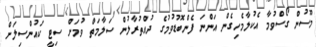
މޫސުން ގޯސްވުމާ އެކުލާމެހިގެން އަންނަ ފެންބޮޑުވުމުގެ ދުއްތުރާލުން ސަލާމަތް ވުމަށް ސިޓީ ކައުންސިލަށް